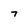
Character: 7